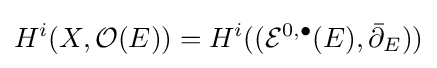
H^{i}(X,{\mathcal {O}}(E))=H^{i}(({\mathcal {E}}^{0,\bullet }(E),{\bar {\partial }}_{E}))